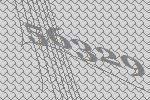
56329